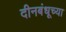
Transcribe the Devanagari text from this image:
दीनबंधूच्या